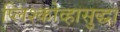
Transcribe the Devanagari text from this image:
प्लिश्कोव्हासुद्धा